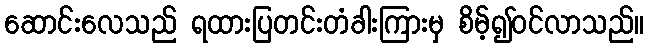
ဆောင်းလေသည် ရထားပြတင်းတံခါးကြားမှ စိမ့်၍ဝင်လာသည်။